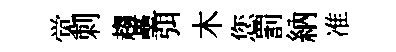
觉刺趨壘弭木您罰納准